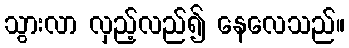
သွားလာ လှည့်လည်၍ နေလေသည်။